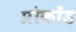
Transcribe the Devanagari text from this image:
प्रोकोंड